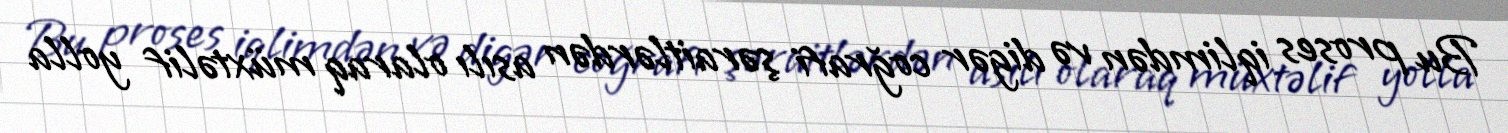
Bu proses iqlimdən və digər coğrafi şəraitlərdən asılı olaraq müxtəlif yolla